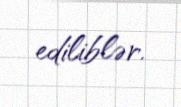
ediliblər.